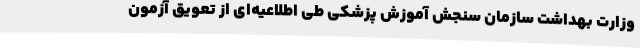
وزارت بهداشت سازمان سنجش آموزش پزشکی طی اطلاعیه‌ای از تعویق آزمون